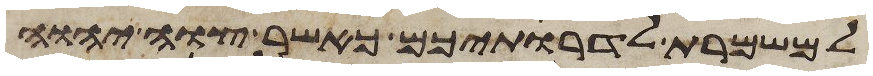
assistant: למשמרת לדרתיכם כאשר צוה יהוה